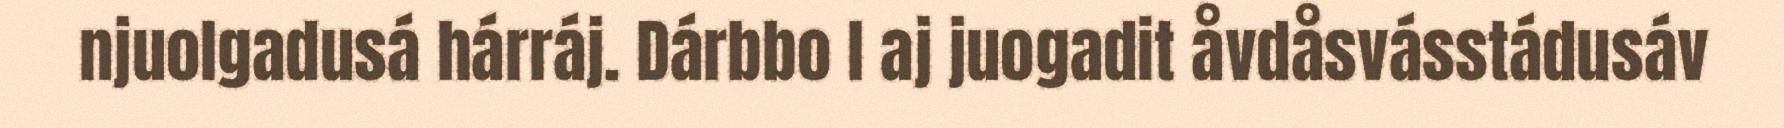
njuolgadusá hárráj. Dárbbo l aj juogadit åvdåsvásstádusáv